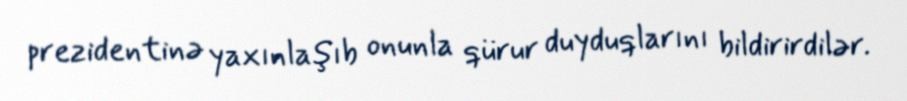
prezidentinə yaxınlaşıb onunla qürur duyduqlarını bildirirdilər.